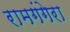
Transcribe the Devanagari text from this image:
रामगंगेरा